Lunatic asylums Madras 1892-1911 - 1892-1911
Year: 1892
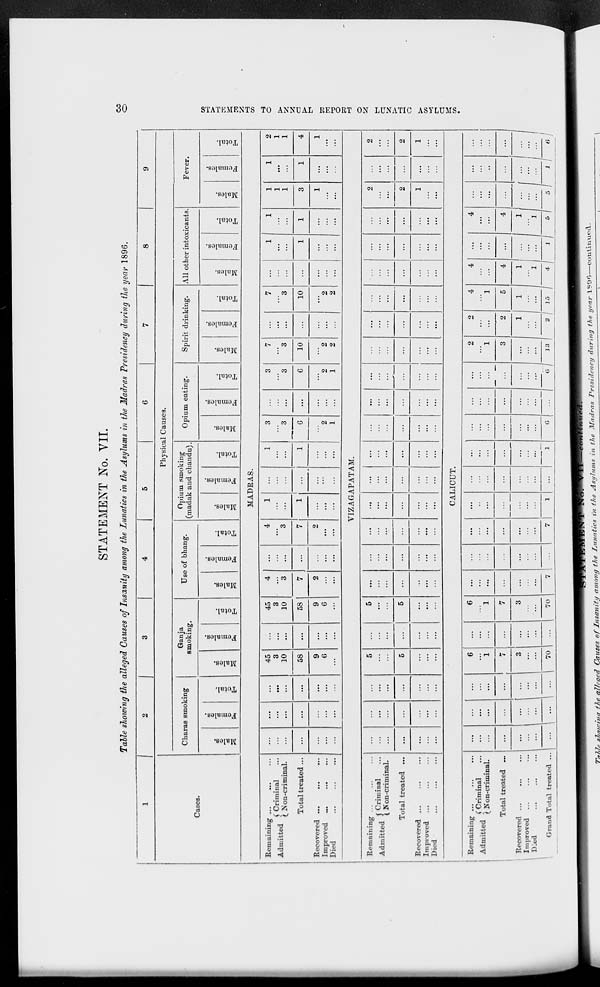
STATEMENT No. VII.
Table showing the alleged Causes of Insanity among the Lunatics in the Asylums in the Madras Presidency during the year 1896.
CO
o
1
2
3
4
5
6
'
1
8
9
Cases.
Physical Causes.
Charas smoking
Ganja
Bmoking
Use of bhang.
Opium smoking
(madak and chandu).
Opium eating.
Spii it drinking.
All oth er intoxicants.
Fever.
CD
o
"3
3
■ o
3
S
o
fa
3
o
En
BO
O
13
3
m
o
3
S o
fa
13
o
EH
DO
(0
3
3
m
O
"3
1
fa
3
o
E-i
00
o
"3
10
o
0
o
3
EH
DO
00
3
BO
o
3
6
0
fa
3
o
EH
09
CD
3
CO
09
"3
S
CD
fa
3
o
EH
CO
o
3
3
DO
oo
I o
fa
3
o
DO
S3
en
O
3
S o
fa
3
o
EH
MADRAS.
Remaining ...
* J •,, j ( Criminal
Admitted \ XT
. . ,
(. 2\ on-criminal.
Total treated ...
Recovered
Improved ...
Died
...
...
...
45
3
10
...
45
3
10
4
3
...
4
3
1
...
1
3
3
3
3
7
3
...
7
3
...
1
1
1
1
1
1
2
1
1
...
...
...
58
...
58
7
...
7
1
...
1
G
2
1
6
10
...
10
1
1
3
1
4
...
...
...
9
6
...
9
6
2
2
...
...
2
1
2
2
...
"a
2
...
'■"
...
1
...
1
VIZAGAPATAM.
Remaining ...
A J -Ai. J ( Criminal
Admitted < „
. . ,
( Non-criminal.
Total treated ...
Recovered ...
Improved
Died
...
...
...
5
5
...
...
...
...
...
...
...
...
...
...
...
...
...
2
...
2
...
...
5
...
5
...
...
...
...
...
...
...
...
...
...
...
...
2
2
...
...
...
...
...
...
...
...
...
...
=
...
...
...
...
...
...
...
1
...
1
CALICUT.
Remaining ...
* j !u_j (Criminal
Admitted - XT
. . ,
(_ is on-cnmmal.
Total treated ...
Recovered ...
Improved
Died
...
...
...
6
1
...
6
1
...
...
...
...
...
...
...
— —
2
1
2
4
1
4
...
4
...
...
...
...
7
7
...
...
...
...
...
3
5
4
...
4
...
...
\'■ '■ '■ ■
3
...
3
...
...
...
...
...
...
...
...
...
1
1
1
1 1
') = 1 =
Grand Total treated .. I ... \ ... 1 ... 1 "- ... 70 7 7 1 ... 1 G ... | *" l »j 2 j 15 1 4 1 ./ ./ _w l/ •/
>
1-3
P3
:*:
CO
t-3
C
P*
C2
f
S3
w
o
P3
O
f
a
►
H
►—i
O
>
GO
r->
a
K w
T„,J„ sh^ina the aZleos* Causes of Insanity among the Lunatics in the Asylums in the Madras Presidency dur^Oej,
the uear 1S9C—contimied.